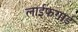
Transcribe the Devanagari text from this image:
लाईफगार्ड